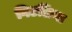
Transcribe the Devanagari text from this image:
गिउलिया